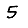
Digit: 5